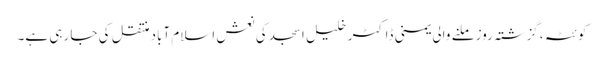
کوئٹہ ،گزشتہ روز ملنے والی یمنی ڈاکٹر خلیل اسجد کی نعش اسلام آباد منتقل کی جا رہی ہے۔